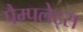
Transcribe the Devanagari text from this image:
पैम्पलेट्स